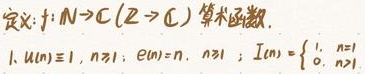
定义: $f: \mathbb{N} \to \mathbb{C} (\mathbb{Z} \to \mathbb{C})$ 算术函数.
1. $\mu(n) \equiv 1, n = 1$; $\mu(n)=n, n \geq 1$; $I(n)=\begin{cases}1, & n = 1 \\ 0, & n>1\end{cases}$